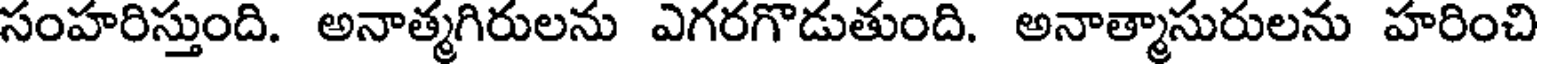
సంహరిస్తుంది. అనాత్మగిరులను ఎగరగొడుతుంది. అనాత్మాసురులను హరించి